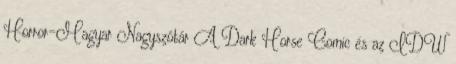
Horror-Magyar Nagyszótár A Dark Horse Comic és az IDW